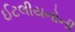
ઈટલીયનોની